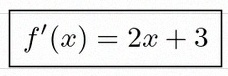
f'(x)=2x+3